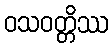
ဝသဝတ္တိဿ